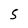
Character: 5